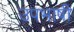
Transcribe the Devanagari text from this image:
उपभाषी